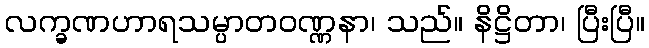
လက္ခဏဟာရသမ္ပာတဝဏ္ဏနာ၊ သည်။ နိဋ္ဌိတာ၊ ပြီးပြီ။